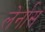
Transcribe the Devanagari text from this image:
लेर्नास